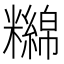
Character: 𥽔